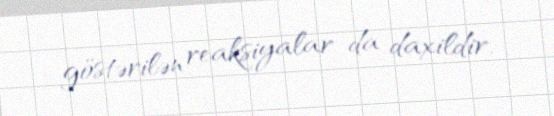
göstərilən reaksiyalar da daxildir.